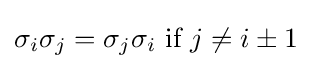
\sigma _{i}\sigma _{j}=\sigma _{j}\sigma _{i}{\mbox{ if }}j\neq i\pm 1